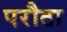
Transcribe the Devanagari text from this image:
परौठा